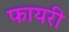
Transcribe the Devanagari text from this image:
फायरी